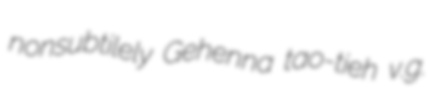
nonsubtilely Gehenna tao-tieh v.g.